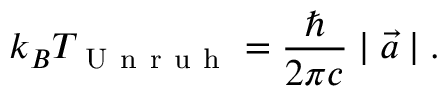
k _ { B } T _ { \mathrm { ~ U ~ n ~ r ~ u ~ h ~ } } = \frac { \hbar } { 2 \pi c } \mid \vec { a } \mid .